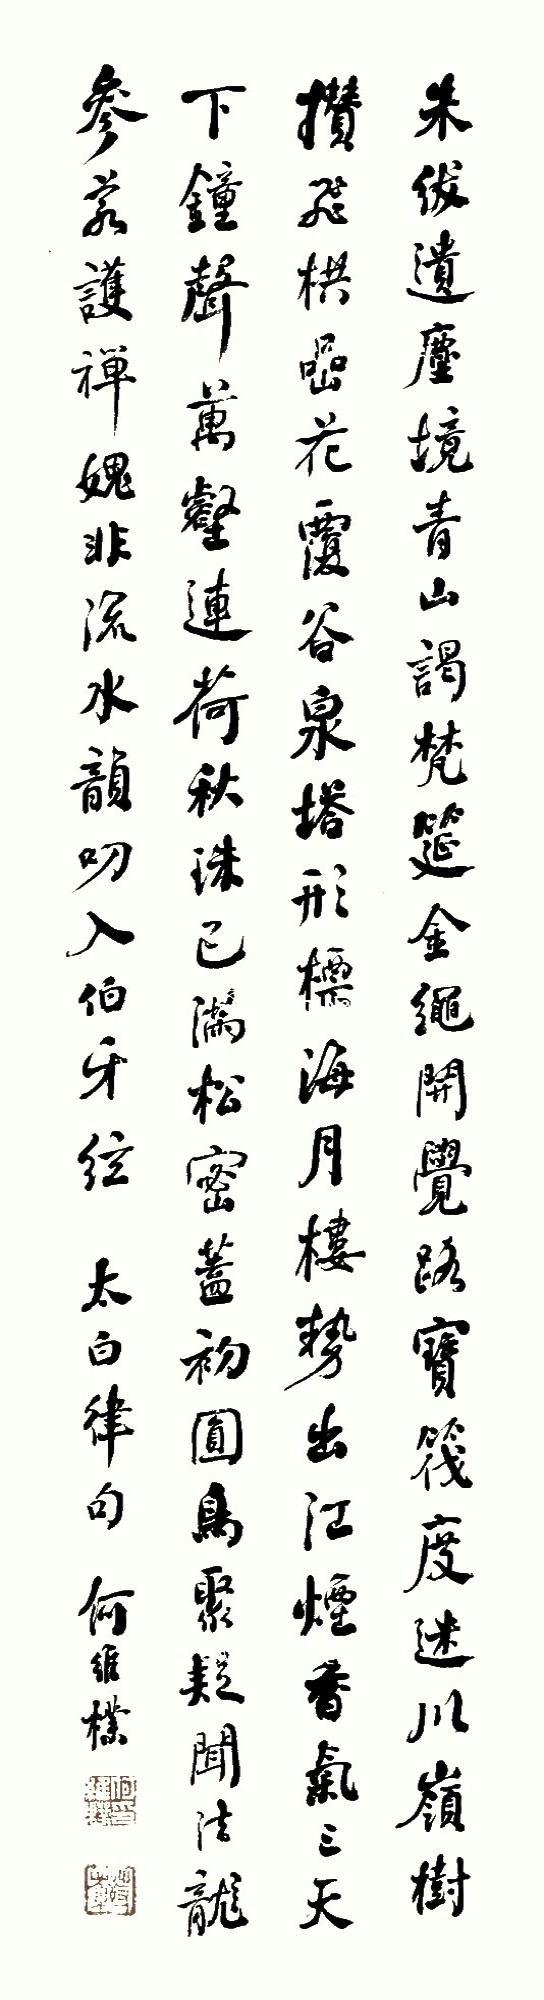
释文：朱绂遗尘境，青山谒梵筵。金绳开觉路，宝筏度迷川。岭树攒飞栱，嵒花覆谷泉。塔形标海月，楼势出江烟。香气三天下，钟声万壑连。荷秋珠已满，松密盖初圆。鸟聚疑闻法，龙参若护禅。愧非流水韵，叨入伯牙弦。太白律句，何维朴。